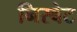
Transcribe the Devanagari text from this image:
निस्बेट